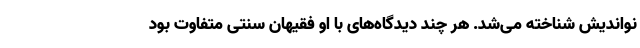
نواندیش شناخته می‌شد. هر چند دیدگاه‌های با او فقیهان سنتی متفاوت بود